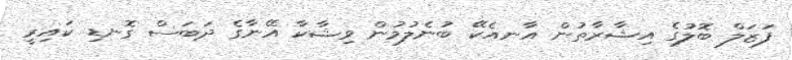
ފަޒަލް ބޮލުގެ އިޝާރާތުން އާނއެކޭ ބުނެލުމުން ވިޝާކާ އޭނާގެ ދަބަސް ގޮނޑި ކައިރީ